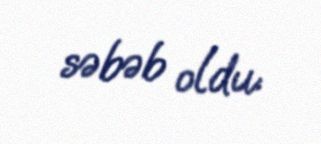
səbəb oldu.